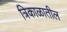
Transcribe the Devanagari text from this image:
त्रिकाळातील